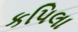
કપિલા